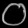
Digit: ၀